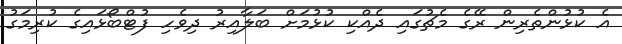
އެ ކުޅުންތެރިން ރޭގެ މެޗުގައި ދެއްކި ކުޅުމަށް ބަލާއިރު ދިވެހި ފުޓްބޯޅައިގެ ކުރިމަގު